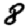
Digit: 8